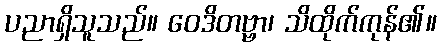
ပညာရှိသူသည်။ ဝေဒိတဗ္ဗာ၊ သိထိုက်ကုန်၏။